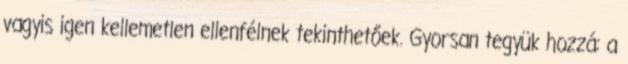
vagyis igen kellemetlen ellenfélnek tekinthetőek. Gyorsan tegyük hozzá: a